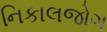
નિકાલજોગ